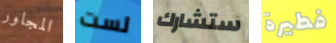
المجاور لست ستشارك فطيرة